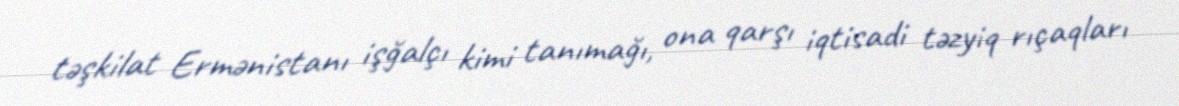
təşkilat Ermənistanı işğalçı kimi tanımağı, ona qarşı iqtisadi təzyiq rıçaqları